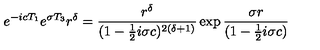
e ^ { - i c T _ { 1 } } e ^ { \sigma T _ { 3 } } r ^ { \delta } = { \frac { r ^ { \delta } } { ( 1 - { \frac { 1 } { 2 } } i \sigma c ) ^ { 2 ( \delta + 1 ) } } } \exp { { \frac { \sigma r } { ( 1 - { \frac { 1 } { 2 } } i \sigma c ) } } }